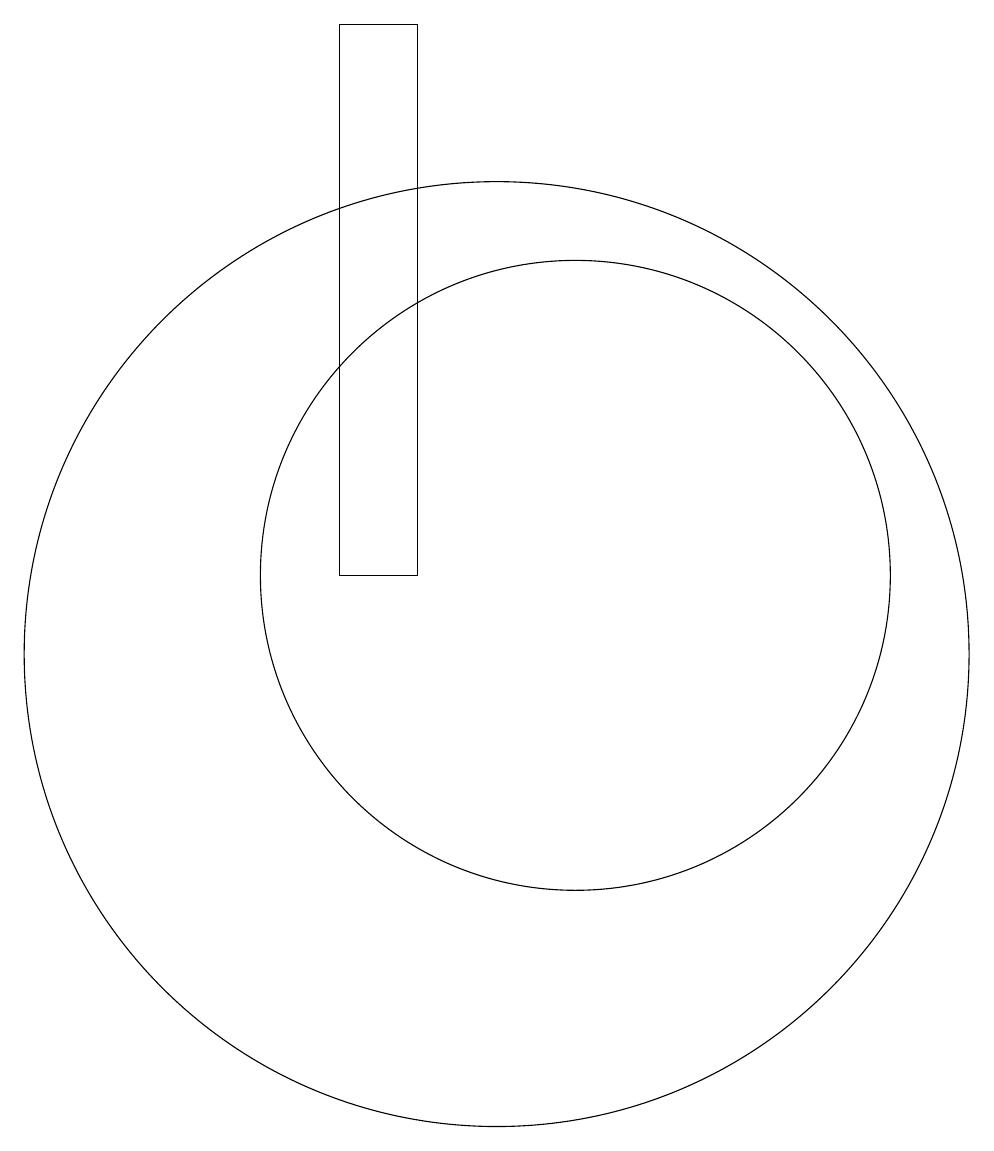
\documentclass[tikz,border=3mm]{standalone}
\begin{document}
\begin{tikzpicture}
\draw (10,10) circle (6);
\draw (11,11) circle (4);
\draw (8,11) rectangle (9,18);
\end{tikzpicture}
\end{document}